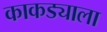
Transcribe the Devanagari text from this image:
काकड्याला